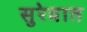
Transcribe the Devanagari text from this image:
सुरेवात